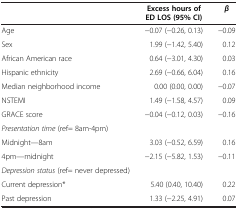
<table><thead><tr><td><b> </b></td><td><b>Excess hours of ED LOS (95% CI)</b></td><td><b><i>β</i></b></td></tr></thead><tbody><tr><td>Age</td><td>−0.07 (−0.26, 0.13)</td><td>−0.09</td></tr><tr><td>Sex</td><td>1.99 (−1.42, 5.40)</td><td>0.12</td></tr><tr><td>African American race</td><td>0.64 (−3.01, 4.30)</td><td>0.03</td></tr><tr><td>Hispanic ethnicity</td><td>2.69 (−0.66, 6.04)</td><td>0.16</td></tr><tr><td>Median neighborhood income</td><td>0.00 (0.00, 0.00)</td><td>−0.07</td></tr><tr><td>NSTEMI</td><td>1.49 (−1.58, 4.57)</td><td>0.09</td></tr><tr><td>GRACE score</td><td>−0.04 (−0.12, 0.03)</td><td>−0.16</td></tr><tr><td><i>Presentation time</i> (ref= 8am-4pm)</td><td> </td><td> </td></tr><tr><td>Midnight—8am</td><td>3.03 (−0.52, 6.59)</td><td>0.16</td></tr><tr><td>4pm—midnight</td><td>−2.15 (−5.82, 1.53)</td><td>−0.11</td></tr><tr><td><i>Depression status</i> (ref= never depressed)</td><td> </td><td> </td></tr><tr><td>Current depression*</td><td>5.40 (0.40, 10.40)</td><td>0.22</td></tr><tr><td>Past depression</td><td>1.33 (−2.25, 4.91)</td><td>0.07</td></tr></tbody></table>